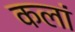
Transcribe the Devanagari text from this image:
कलां